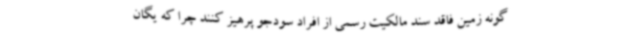
گونه زمین فاقد سند مالکیت رسمی از افراد سودجو پرهیز کنند چرا که یگان